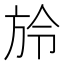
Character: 𣃠